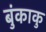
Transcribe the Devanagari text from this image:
बुंकाकु